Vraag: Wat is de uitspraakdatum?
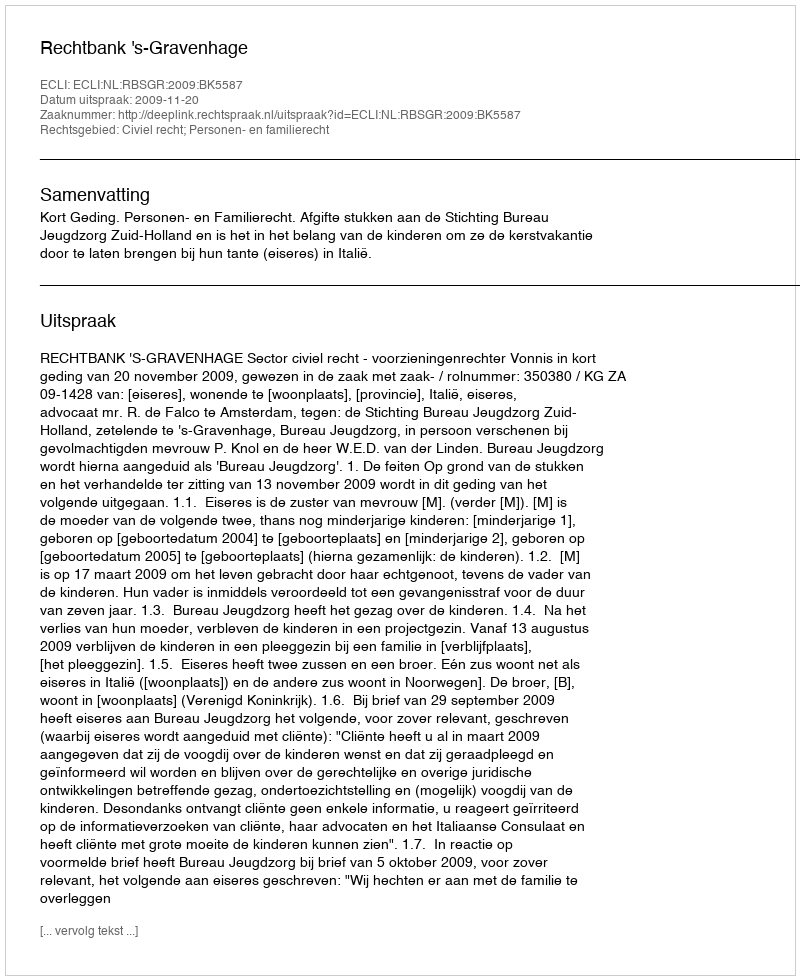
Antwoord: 2009-11-20